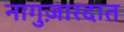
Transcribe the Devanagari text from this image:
नागुज़ारदात